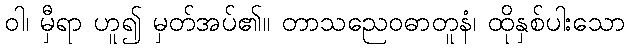
ဝါ၊ မှီရာ ဟူ၍ မှတ်အပ်၏။ တာသညေဝဓာတူနံ၊ ထိုနှစ်ပါးသော